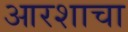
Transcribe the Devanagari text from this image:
आरशाचा